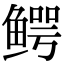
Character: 鳄